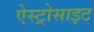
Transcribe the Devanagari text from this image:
ऐस्ट्रोसाइट